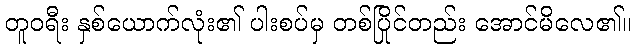
တူဝရီး နှစ်ယောက်လုံး၏ ပါးစပ်မှ တစ်ပြိုင်တည်း အောင်မိလေ၏။